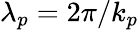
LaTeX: \lambda_{p}=2\pi/k_{p}